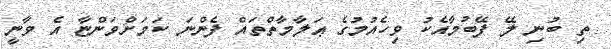
ތި ބުނި ލޭ ފޭބުމާއެކު ވިހެއުމުގެ ޢަލާމާތްތައް ފެންނަ ކަމަށްވަންޏާ އެ ވާނީ